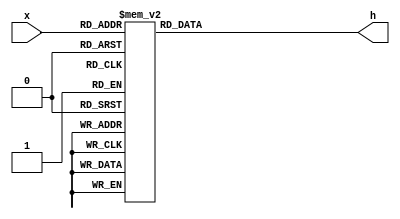
module decoder_hex_16 (
	input [3:0] x,
	output [0:6] h); 
	
	reg [0:6] a;
	
	always @ (*) begin
		case(x)
			4'b0000: a = 7'b0000001;
			4'b0001: a = 7'b1001111;
			4'b0010: a = 7'b0010010;
			4'b0011: a = 7'b0000110;
			4'b0100: a = 7'b1001100;
			4'b0101: a = 7'b0100100;
			4'b0110: a = 7'b0100000;
			4'b0111: a = 7'b0001111;
			4'b1000: a = 7'b0000000;
			4'b1001: a = 7'b0000100;
			4'b1010: a = 7'b0001000;
			4'b1011: a = 7'b0000000;
			4'b1100: a = 7'b0110001;
			4'b1101: a = 7'b0000001;
			4'b1110: a = 7'b0110000;
			4'b1111: a = 7'b0111000;
		endcase
	end
	
	assign h = a;
	
endmodule